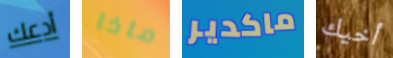
أدعك ماذا ماكدير أخيك